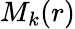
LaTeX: M_{k}(r)